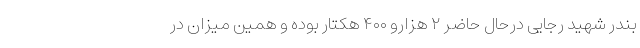
بندر شهید رجایی درحال حاضر ۲ هزارو ۴۰۰ هکتار بوده و همین میزان در